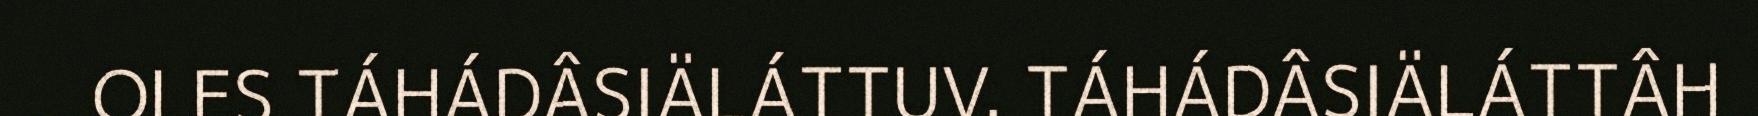
OLES TÁHÁDÂSIÄLÁTTUV. TÁHÁDÂSIÄLÁTTÂH